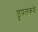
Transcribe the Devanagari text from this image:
ड्रुपलकडे